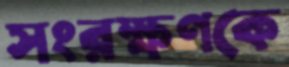
সংরক্ষণকে